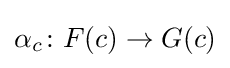
\alpha _{c}\colon F(c)\to G(c)